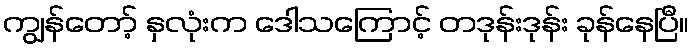
ကျွန်တော့် နှလုံးက ဒေါသကြောင့် တဒုန်းဒုန်း ခုန်နေပြီ။